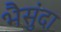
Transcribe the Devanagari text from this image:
भैसुंदा